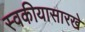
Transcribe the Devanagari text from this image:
स्वकीयासारखे